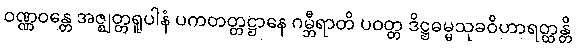
ဝဏ္ဏဝန္တေ အဇ္ဈတ္တရူပါနံ ပကတတ္တဋ္ဌာနေ ဂမ္ဘီရာတိ ပဝတ္တ ဒိဋ္ဌဓမ္မသုခဝိဟာရတ္ထန္တိ